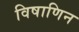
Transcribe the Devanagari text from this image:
विषाणिन